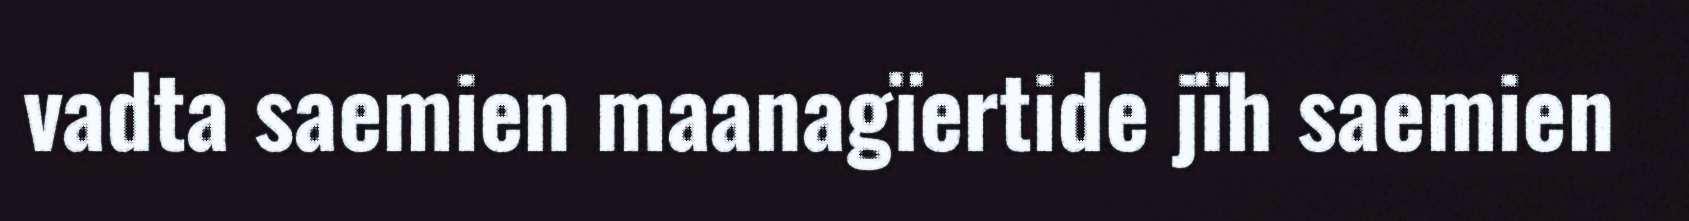
vadta saemien maanagïertide jïh saemien